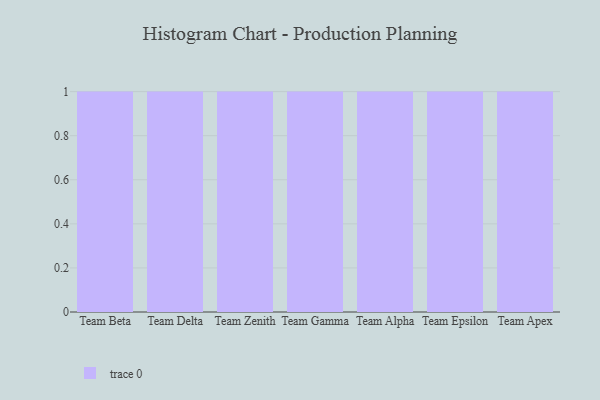
{"axis": {"x": "Team", "y": "Latency (ms)"}, "legend": [""], "data": [{"x": "Team Beta", "y": 44, "type": ""}, {"x": "Team Delta", "y": 6, "type": ""}, {"x": "Team Zenith", "y": 75, "type": ""}, {"x": "Team Gamma", "y": 5, "type": ""}, {"x": "Team Alpha", "y": 16, "type": ""}, {"x": "Team Epsilon", "y": 2, "type": ""}, {"x": "Team Apex", "y": 6, "type": ""}]}